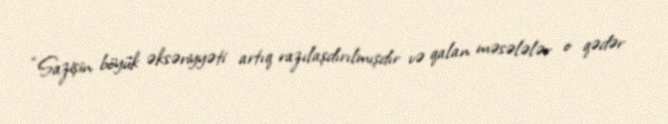
“Sazişin böyük əksəriyyəti artıq razılaşdırılmışdır və qalan məsələlər o qədər